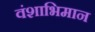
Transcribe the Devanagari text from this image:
वंशाभिमान